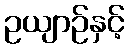
ဥယျာဉ်နှင့်